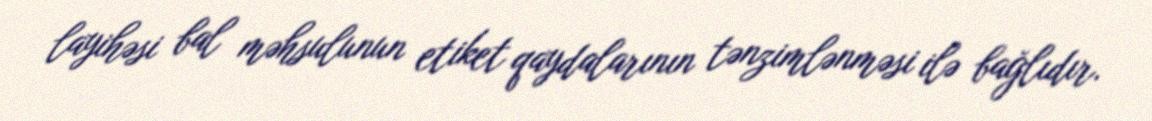
layihəsi bal məhsulunun etiket qaydalarının tənzimlənməsi ilə bağlıdır.